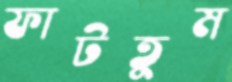
ফাটতুম